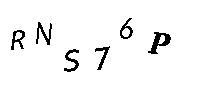
RNS76P